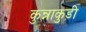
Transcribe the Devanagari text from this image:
कुन्नाकुड़ी